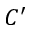
C ^ { \prime }